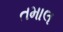
તમાલ